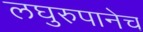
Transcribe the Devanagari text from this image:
लघुरुपानेच